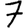
Digit: 7